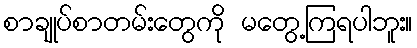
စာချုပ်စာတမ်းတွေကို မတွေ့ကြရပါဘူး။